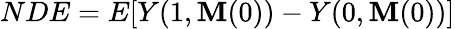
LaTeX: NDE=E[Y(1,\mathbf{M}(0))-Y(0,\mathbf{M}(0))]